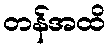
တန်အထိ